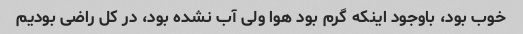
خوب بود، باوجود اینکه گرم بود هوا ولی آب نشده بود، در کل راضی بودیم